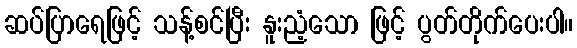
ဆပ်ပြာရေဖြင့် သန့်စင်ပြီး နူးညံ့သော ဖြင့် ပွတ်တိုက်ပေးပါ။